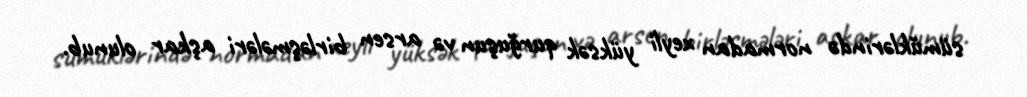
sümüklərində normadan xeyli yüksək qurğuşun və arsen birləşmələri aşkar olunub.